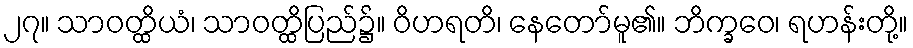
၂၇။ သာဝတ္ထိယံ၊ သာဝတ္ထိပြည်၌။ ဝိဟရတိ၊ နေတော်မူ၏။ ဘိက္ခဝေ၊ ရဟန်းတို့။